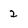
Character: 2